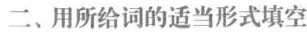
二、用所给词的适当形式填空